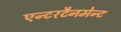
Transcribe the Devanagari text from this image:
एन्टरटैनमेन्ट